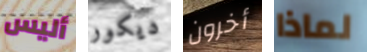
أليس ديكور أخرون لماذا